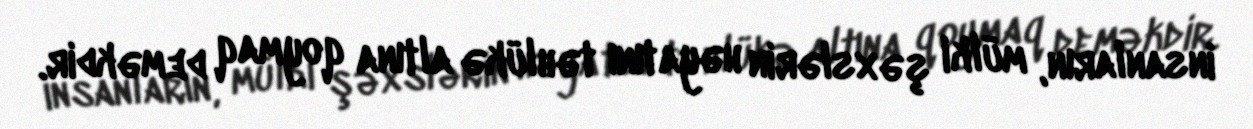
insanların, mülki şəxslərin həyatını təhlükə altına qoymaq deməkdir.